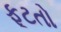
ફૂટતો